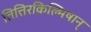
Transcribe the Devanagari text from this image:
तित्तिरकिल्मिषान्